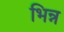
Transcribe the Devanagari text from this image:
भिन्न